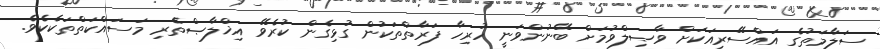
ސަލާމަތުގެ އައްސޭރިއަކަށް ވާޞިލްވުމަށް ބޭނުންވަނީ ހުރިހާ ފަރާތްތަކުން ގުޅިގެން ކުރެވޭ އިޚްލާޞްތެރި މަސައްކަތްތަކެކެވެ.